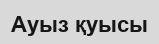
Ауыз қуысы